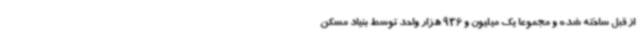
از قبل ساخته شده و مجموعاً یک میلیون و 936 هزار واحد توسط بنیاد مسکن